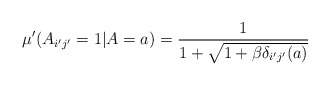
\begin{align*}\mu'(A_{i'j'}=1|A=a)=\frac{1}{1+\sqrt{1+\beta\delta_{i'j'}(a)}}\end{align*}